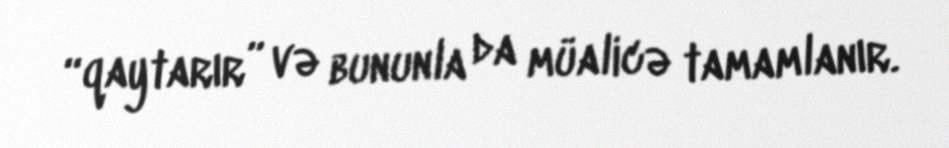
“qaytarır” və bununla da müalicə tamamlanır.